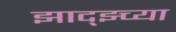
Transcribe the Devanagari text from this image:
झाद्झ्च्या